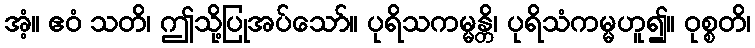
အံ့။ ဧဝံ သတိ၊ ဤသို့ပြုအပ်သော်။ ပုရိသကမ္မန္တိ၊ ပုရိသံကမ္မဟူ၍။ ဝုစ္စတိ၊